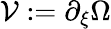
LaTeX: \mathcal{V}:=\partial_{\xi}\Omega